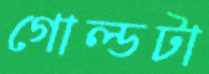
গোল্ডটা